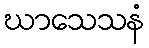
ဃာသေသနံ